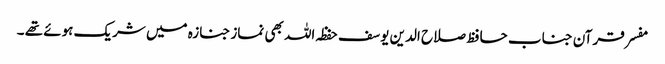
مفسر قرآن جناب حافظ صلاح الدین یوسف حفظہ اللہ بھی نماز جنازہ میں شریک ہوئے تھے ۔